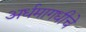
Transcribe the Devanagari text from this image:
अर्धमागधीचे